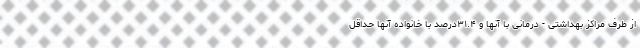
از طرف مراکز بهداشتی - درمانی با آنها و ۳۱.۴درصد با خانواده آنها حداقل